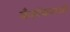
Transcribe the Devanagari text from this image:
बँकॉकमध्ये